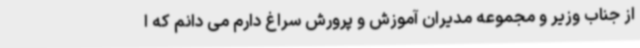
از جناب وزیر و مجموعه مدیران آموزش و پرورش سراغ دارم می دانم که ا